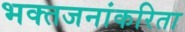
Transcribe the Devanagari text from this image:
भक्तजनांकरिता